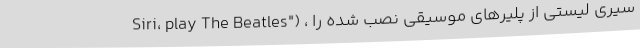
Siri، play The Beatles") ، سیری لیستی از پلیرهای موسیقی نصب شده را